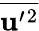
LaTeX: \overline{{{\mathbf{u}}^{\prime}{}^{2}}}